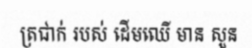
ត្រជាក់ របស់ ដើមឈើ មាន សួន